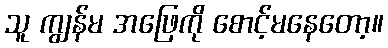
သူ ကျွန်မ အဖြေကို စောင့်မနေတော့။